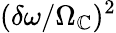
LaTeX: (\delta\omega/\Omega_{\mathbb{C}})^{2}